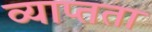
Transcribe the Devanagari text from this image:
व्याप्तता